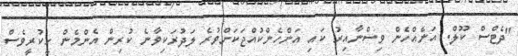
"ދެޓްސް ކޫލް. އަނެއްހެން ވިސްނާއިރު ކައި އަންހެންކުއްޖަކަށްވުރެ ލަދުރަކިވާނެ ކުރިން އެންމެން ހީކުރީވެސް